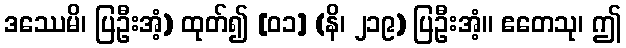
ဒဿေမိ၊ ပြဦးအံ့) ထုတ်၍ [၀၁] (နိ၊ ၂၁၉) ပြဦးအံ့။ ဧတေသု၊ ဤ